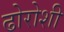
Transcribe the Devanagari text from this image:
ढोरोशी